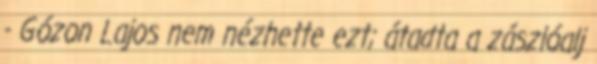
- Gózon Lajos nem nézhette ezt; átadta a zászlóalj